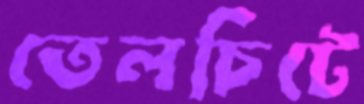
তেলচিটে